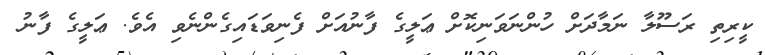
ކީރިތި ރަސޫލާ ނަމާދަށް ހުންނަވަނިކޮށް ޢަލީގެ ފާނުއަށް ފެނިވަޑައިގެންނެވި އެވެ. ޢަލީގެ ފާނު